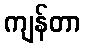
ကျန်တာ